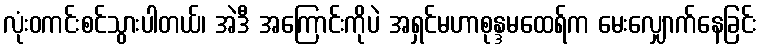
လုံးဝကင်းစင်သွားပါတယ်၊ အဲဒီ အကြောင်းကိုပဲ အရှင်မဟာစုန္ဒမထေရ်က မေးလျှောက်နေခြင်း